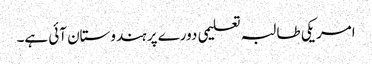
امریکی طالبہ تعلیمی دورے پر ہندوستان آئی ہے۔